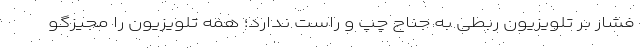
فشار بر تلویزیون ربطی به جناح چپ و راست ندارد؛ همه تلویزیون را مجیزگو